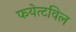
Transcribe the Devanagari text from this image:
फयेत्टविल